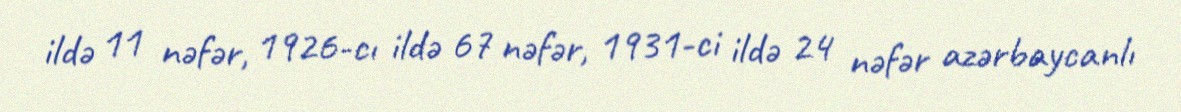
ildə 11 nəfər, 1926-cı ildə 67 nəfər, 1931-ci ildə 24 nəfər azərbaycanlı